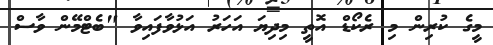
މީގެ ކުރިން މި ރެކޯޑް އޮތީ މިދިޔަ އަހަރު އަޅުވާފައިވާ "ބެޓްމޭން ވާސް